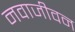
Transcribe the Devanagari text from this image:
नवाजीवन